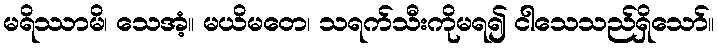
မရိဿာမိ၊ သေအံ့။ မယိမတေ၊ သရက်သီးကိုမရ၍ ငါသေသည်ရှိသော်။